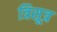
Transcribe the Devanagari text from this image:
त्रिसूत्र